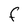
Character: F